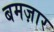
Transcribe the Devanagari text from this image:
बमज़ार